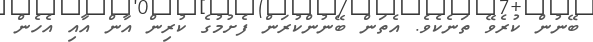
ބޭނުން ކުރެވޭ ތަނެކެވެ. އެތަން ބޭނުންކުރަން ފެށުމުގެ ކުރިން އާން އާއި އެހެން